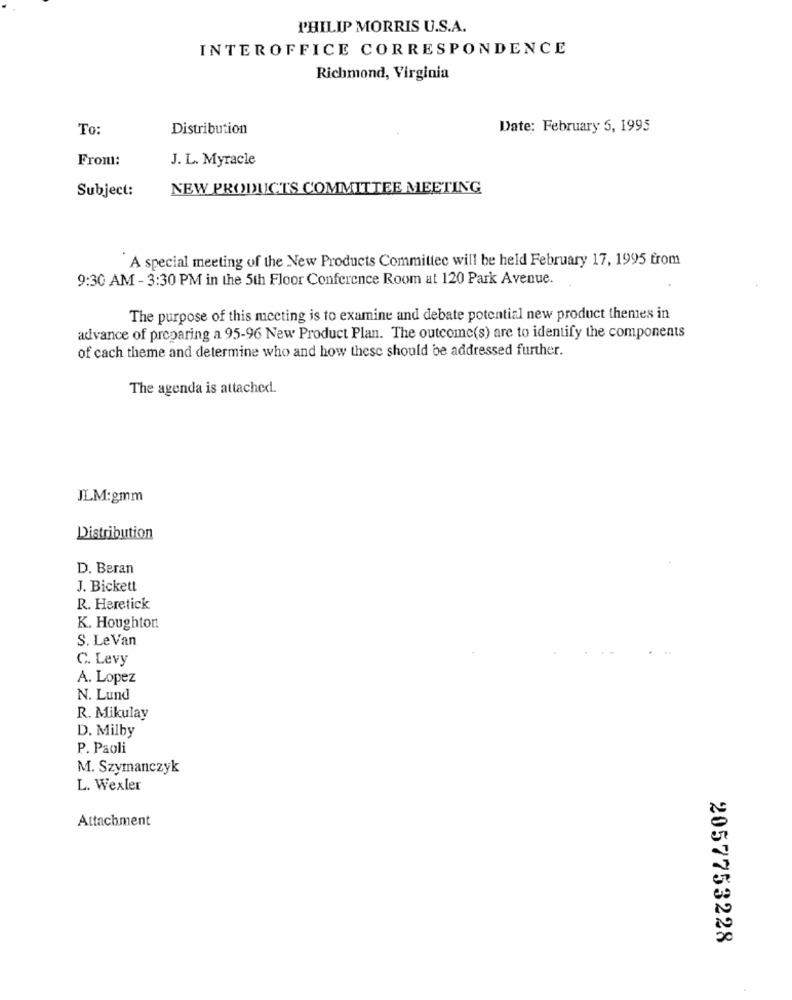
PHILIP MORRIS U.S.A.
INTEROFFICE CORRESPONDENCE
Richmond, Virginia
To:
Distribution
Date: February 5, 1995
From:
J. L. Myracle
Subject:
NEW PRODUCTS COMMITTEE MEETING
A special meeting of the New Products Committee will be held February 17, 1995 from
9:30 AM - 3:30 PM in the 5th Floor Conference Room at 120 Park Avenue.
The purpose of this muccting is to examine and debate potential new product themes in
advance of preparing a 95-96 New Product Plan. The outcome(s) are to identify the components
of cach theme and determine who and how these should be addressed further.
The agenda is attached.
JLM:gmm
Distribution
D. Beran
J. Bickett
R. Heretick
K. Houghton.
S. Le Van
C. Levy
A. Lopez
N. Lund
R. Mikulay
D. Milby
P. Paoli
M. Szymanczyk
L. Wexler
Attachment
2057753228